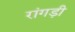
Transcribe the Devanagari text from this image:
रांगड़ी